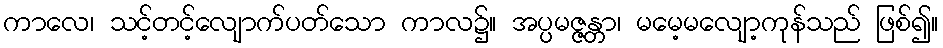
ကာလေ၊ သင့်တင့်လျောက်ပတ်သော ကာလ၌။ အပ္ပမဇ္ဇန္တာ၊ မမေ့မလျော့ကုန်သည် ဖြစ်၍။